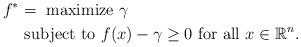
LaTeX: \begin{align*} f^* & = \mbox{ maximize } \gamma \\ & \mbox{ subject to } f(x) - \gamma \geq 0 \mbox{ for all } x \in \mathbb R^n. \end{align*}